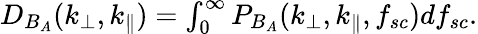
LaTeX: \begin{array}{r}{D_{B_{A}}(k_{\perp},k_{\parallel})=\int_{0}^{\infty}P_{B_{A}}(k_{\perp},k_{\parallel},f_{sc})df_{sc}.}\end{array}